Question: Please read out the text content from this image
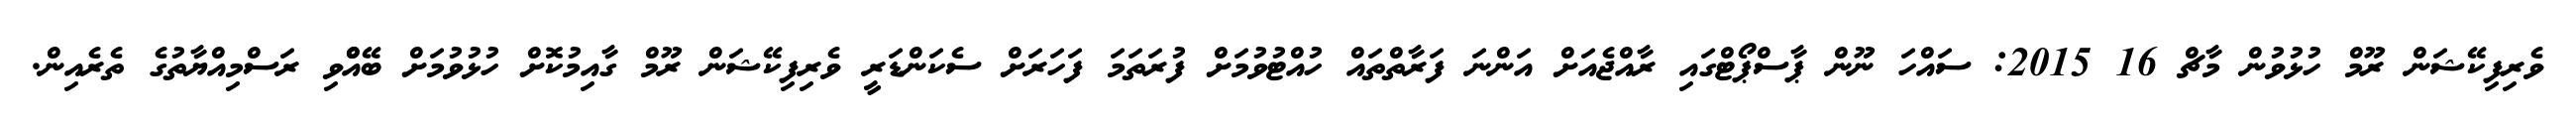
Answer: ވެރިފިކޭޝަން ރޫމް ހުޅުވުން މާޗް 16 2015: ސައްހަ ނޫން ޕާސްޕޯޓްގައި ރާއްޖެއަށް އަންނަ ފަރާތްތައް ހުއްޓުވުމަށް ފުރަތަމަ ފަހަރަށް ސެކަންޑަރީ ވެރިފިކޭޝަން ރޫމް ގާއިމުކޮށް ހުޅުވުމަށް ބޭއްްވި ރަސްމިއްޔާތުގެ ތެރެއިން.